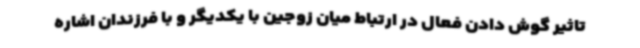
تاثیر گوش دادن فعال در ارتباط میان زوجین با یکدیگر و با فرزندان اشاره